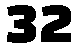
32